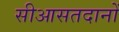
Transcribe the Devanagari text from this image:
सीआसतदानों